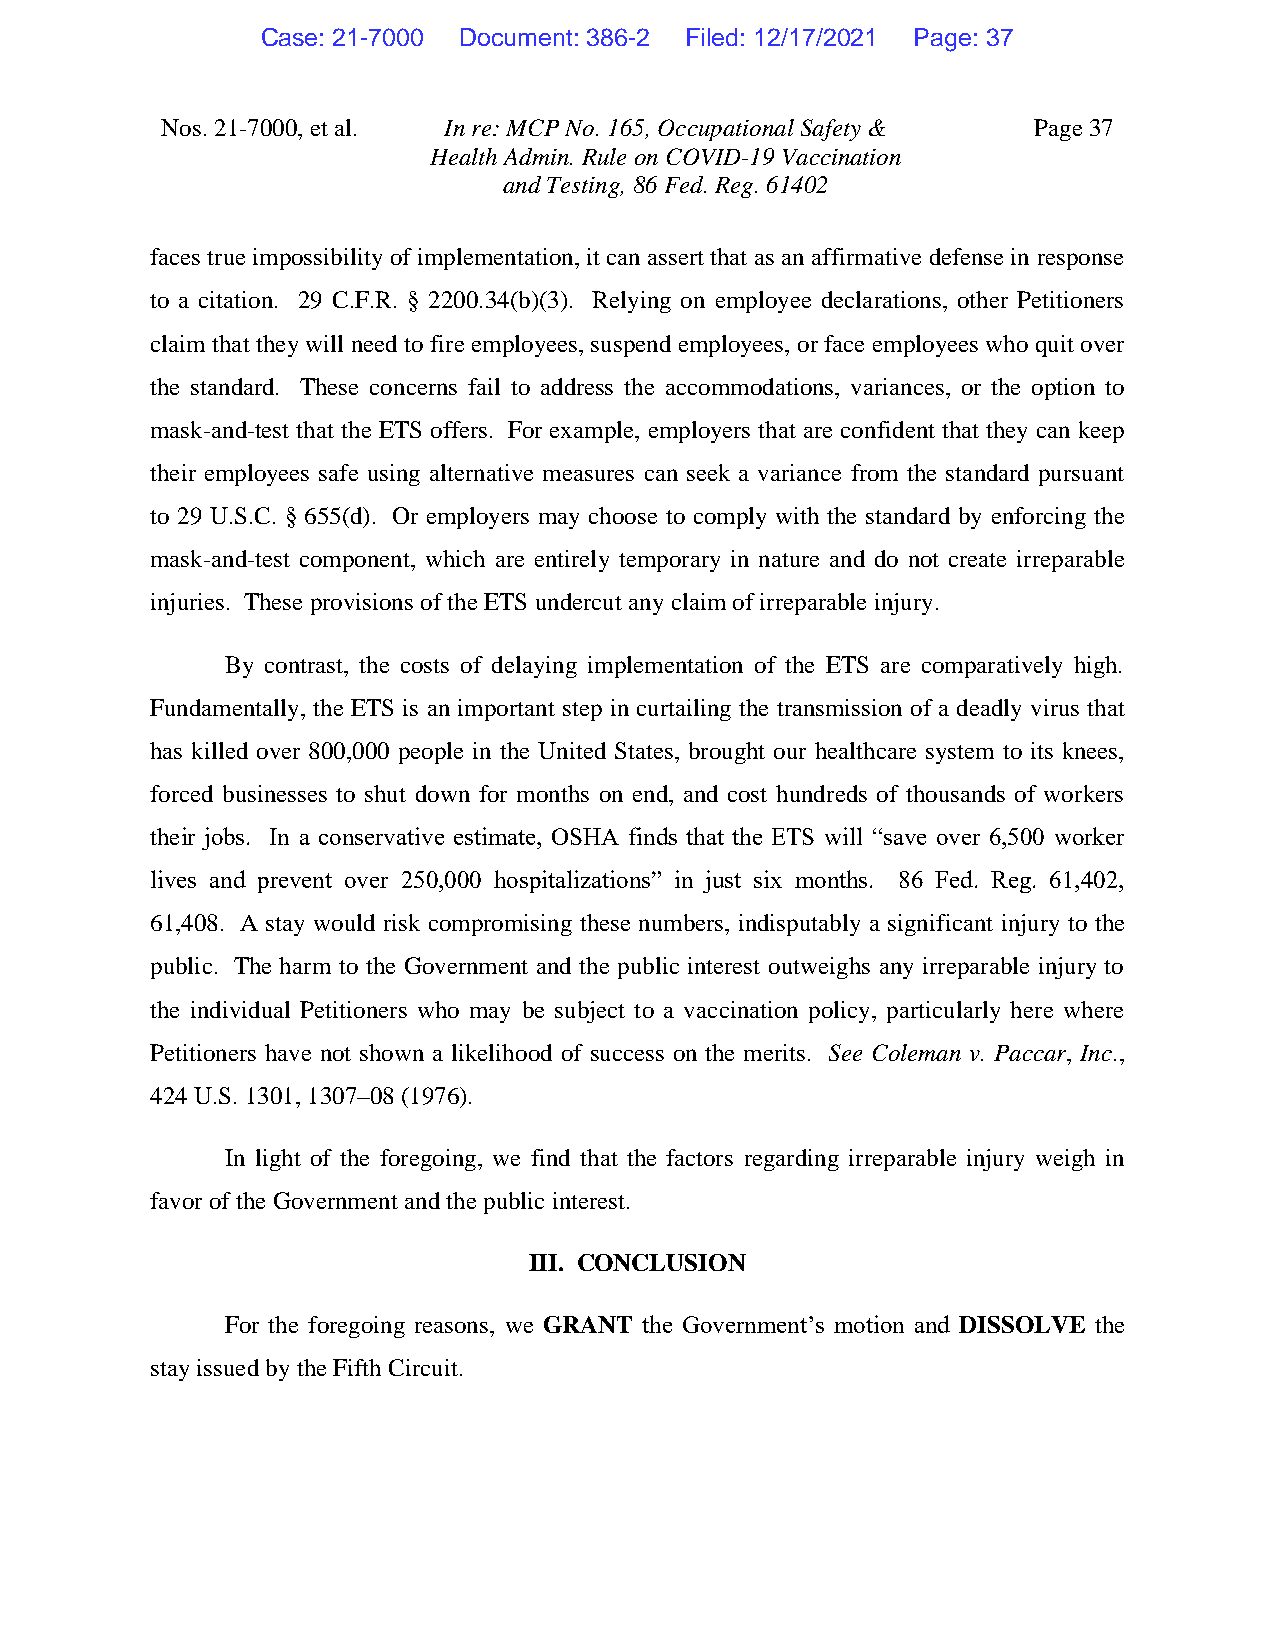
Case: 21-7000 Document: 386-2 Filed: 12/17/2021 Page: 37
 Nos. 21-7000, et al. In re: MCP No. 165, Occupational Safety & Page 37
 Health Admin. Rule on COVID-19 Vaccination
 and Testing, 86 Fed. Reg. 61402
 faces true impossibility of implementation, it can assert that as an affirmative defense in response
 to a citation. 29 C.F.R. § 2200.34(b)(3). Relying on employee declarations, other Petitioners
 claim that they will need to fire employees, suspend employees, or face employees who quit over
 the standard. These concerns fail to address the accommodations, variances, or the option to
 mask-and-test that the ETS offers. For example, employers that are confident that they can keep
 their employees safe using alternative measures can seek a variance from the standard pursuant
 to 29 U.S.C. § 655(d). Or employers may choose to comply with the standard by enforcing the
 mask-and-test component, which are entirely temporary in nature and do not create irreparable
 injuries. These provisions of the ETS undercut any claim of irreparable injury.
 By contrast, the costs of delaying implementation of the ETS are comparatively high.
 Fundamentally, the ETS is an important step in curtailing the transmission of a deadly virus that
 has killed over 800,000 people in the United States, brought our healthcare system to its knees,
 forced businesses to shut down for months on end, and cost hundreds of thousands of workers
 their jobs. In a conservative estimate, OSHA finds that the ETS will “save over 6,500 worker
 lives and prevent over 250,000 hospitalizations” in just six months. 86 Fed. Reg. 61,402,
 61,408. A stay would risk compromising these numbers, indisputably a significant injury to the
 public. The harm to the Government and the public interest outweighs any irreparable injury to
 the individual Petitioners who may be subject to a vaccination policy, particularly here where
 Petitioners have not shown a likelihood of success on the merits. See Coleman v. Paccar, Inc.,
 424 U.S. 1301, 1307–08 (1976).
 In light of the foregoing, we find that the factors regarding irreparable injury weigh in
 favor of the Government and the public interest.
 III. CONCLUSION
 For the foregoing reasons, we GRANT the Government’s motion and DISSOLVE the
 stay issued by the Fifth Circuit.